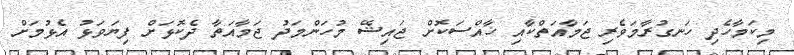
މިކަމާހެދި ހަނގުރާމަވެރި ޖަމާއަތްކާއި ޚާއްސަކޮށް ޖައިޝޭ މުހަންމަދު ޖަމާއަތާ ދެކޮޅަށް ފިޔަވަޅު އެޅުމަށް